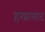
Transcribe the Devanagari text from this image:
हरप्रासाद